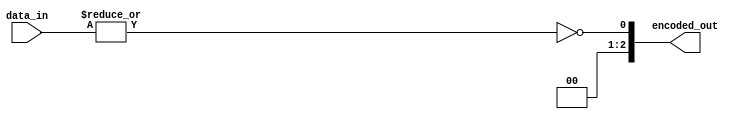
module encoder_8to3(
    input [7:0] data_in,
    output [2:0] encoded_out
);

assign encoded_out = ~|data_in;

endmodule